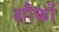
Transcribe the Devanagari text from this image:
शौकों